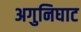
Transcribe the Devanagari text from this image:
अगुनिघाट